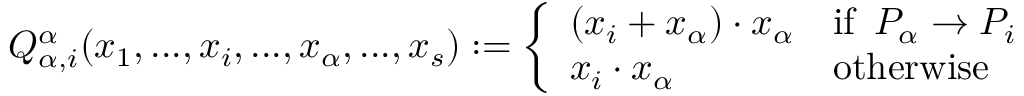
Q _ { \alpha , i } ^ { \alpha } ( x _ { 1 } , . . . , x _ { i } , . . . , x _ { \alpha } , . . . , x _ { s } ) : = \left\{ \begin{array} { l l } { ( x _ { i } + x _ { \alpha } ) \cdot x _ { \alpha } } & { \mathrm { i f } \enspace P _ { \alpha } \rightarrow P _ { i } } \\ { x _ { i } \cdot x _ { \alpha } } & { \mathrm { o t h e r w i s e } } \end{array} \right.